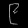
Digit: ၉